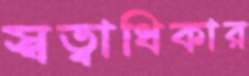
স্বত্বাধিকার